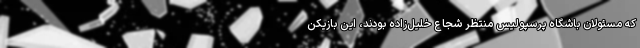
که مسئولان باشگاه پرسپولیس منتظر شجاع خلیل‌زاده بودند، این بازیکن